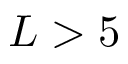
L > 5